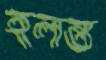
হলন্ত